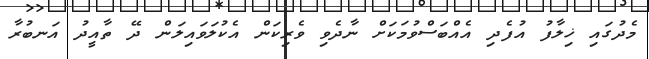
މެދުގައި ޚިލާފު އުފެދި އެއްބަސްވުމަކަށް ނާދެވި ވެރިކަން އެކުލަވައިލަން ދޭ ތާއީދު އަނބުރާ